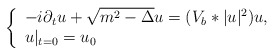
\begin{align*}\left\{\begin{array}{l}-i\partial_tu + \sqrt{m^2-\Delta}u = (V_b*|u|^2)u, \\u|_{t=0} = u_0\end{array}\right.\end{align*}